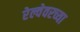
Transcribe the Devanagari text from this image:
रेल्वेवरच्या